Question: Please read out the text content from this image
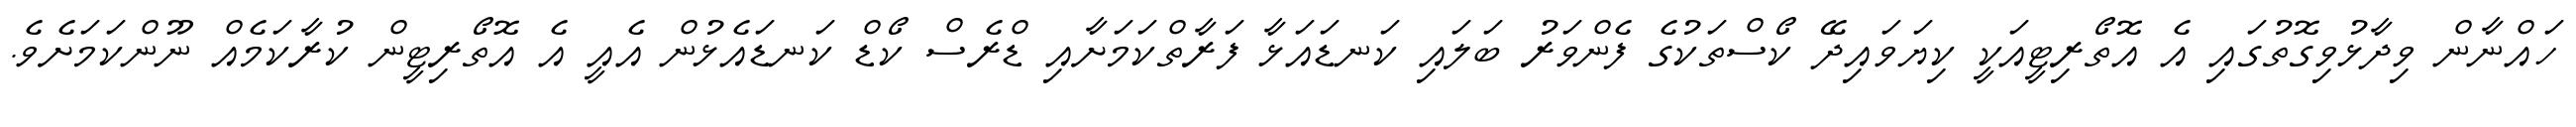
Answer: ހައްނާން ވިދާޅުވިގޮތުގައި އެ އޮތޯރިޓީއަކީ ކިޔަވައިދޭ ކޯސްތަކުގެ ފެންވަރު ބަލައި ކަނޑައަޅާ ފަރާތްކަމަށާއި ޑްރެސް ކޯޑް ކަނޑައެޅުން އެއީ އެ އޮތޯރިޓީން ކުރާކަމެއް ނޫންކަމަށެވެ.